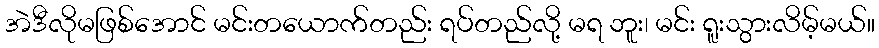
အဲဒီလိုမဖြစ်အောင် မင်းတယောက်တည်း ရပ်တည်လို့ မရ ဘူး၊ မင်း ရူးသွားလိမ့်မယ်။